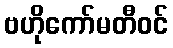
ဗဟိုကော်မတီဝင်